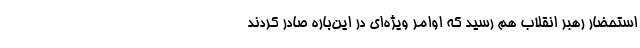
استحضار رهبر انقلاب هم رسید که اوامر ویژه‌ای در این‌باره صادر کردند